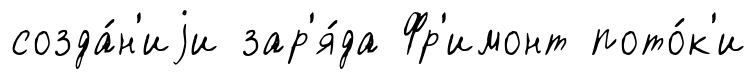
созда́н'иjи зар'я́да Фр'имонт пото́к'и